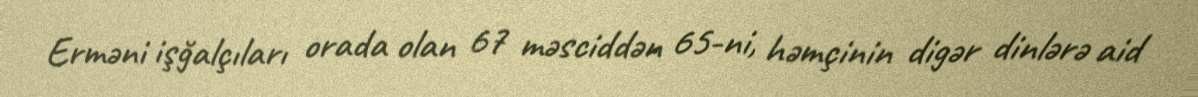
Erməni işğalçıları orada olan 67 məsciddən 65-ni, həmçinin digər dinlərə aid